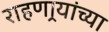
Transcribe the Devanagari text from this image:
राहणार्‍यांच्या